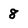
Character: 8